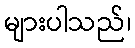
များပါသည်၊